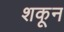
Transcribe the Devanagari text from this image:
शकून